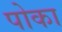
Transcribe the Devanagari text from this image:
पोका